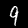
Label: 9